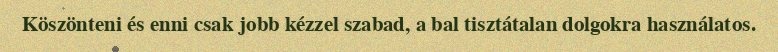
Köszönteni és enni csak jobb kézzel szabad, a bal tisztátalan dolgokra használatos.